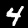
Label: 4